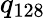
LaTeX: q_{128}